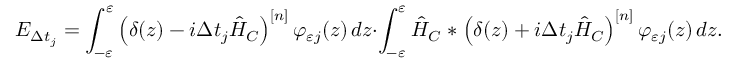
E _ { \Delta t _ { j } } = \int _ { - \varepsilon } ^ { \varepsilon } \left( \delta ( z ) - i \Delta t _ { j } \hat { H } _ { C } \right) ^ { [ n ] } \varphi _ { \varepsilon j } ( z ) \mathop { } \! { d { z } } \cdot \int _ { - \varepsilon } ^ { \varepsilon } \hat { H } _ { C } \mathrel { \ast } \left( \delta ( z ) + i \Delta t _ { j } \hat { H } _ { C } \right) ^ { [ n ] } \varphi _ { \varepsilon j } ( z ) \mathop { } \! { d { z } } .